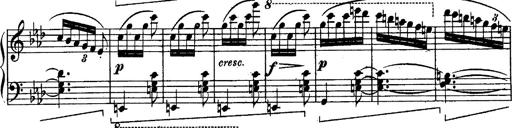
Title: Schubert's Impromptus [revised and edited by Franz Liszt]
Composer: Franz Liszt